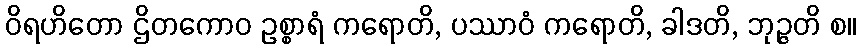
ဝိရဟိတော ဌိတကောဝ ဥစ္စာရံ ကရောတိ, ပဿာဝံ ကရောတိ, ခါဒတိ, ဘုဉ္ဇတိ စ။